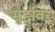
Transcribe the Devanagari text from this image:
मुद्दांवर